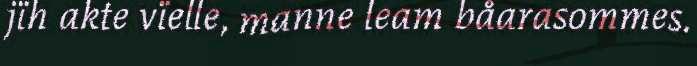
jïh akte vïelle, manne leam båarasommes.